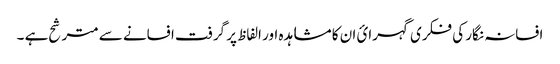
افسانہ نگار کی فکری گہرائ ان کا مشاہدہ اور الفاظ پر گرفت افسانے سے مترشح ہے ۔